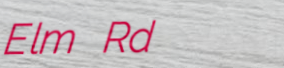
Elm Rd